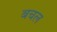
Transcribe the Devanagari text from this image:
बचल